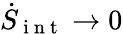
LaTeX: \dot{S}_{\mathrm{~i~n~t~}}\rightarrow 0